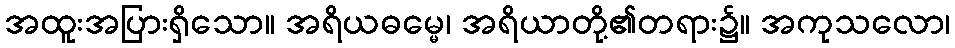
အထူးအပြားရှိသော။ အရိယဓမ္မေ၊ အရိယာတို့၏တရား၌။ အကုသလော၊